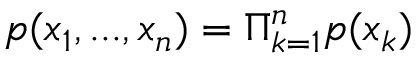
p ( x _ { 1 } , . . . , x _ { n } ) = \Pi _ { k = 1 } ^ { n } p ( x _ { k } )